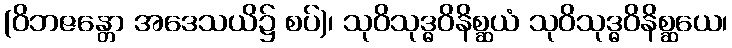
(ဝိဘဇန္တော အဒေသယိ၌ စပ်)၊ သုဝိသုဒ္ဓဝိနိစ္ဆယံ သုဝိသုဒ္ဓဝိနိစ္ဆယေ၊